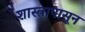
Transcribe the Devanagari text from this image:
शास्त्रापासून